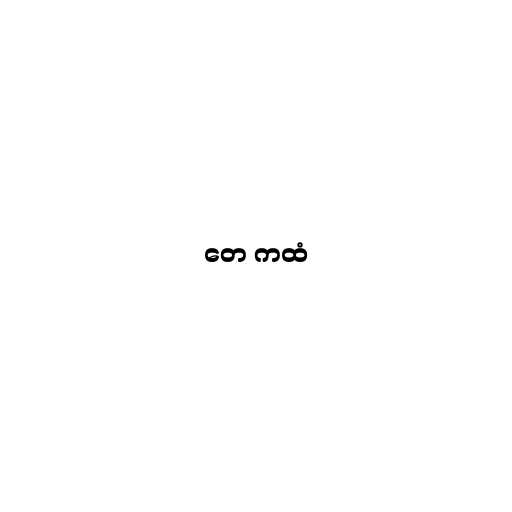
တေ ကထံ